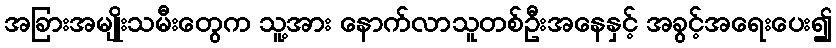
အခြားအမျိုးသမီးတွေက သူ့အား နောက်လာသူတစ်ဦးအနေနှင့် အခွင့်အရေးပေး၍